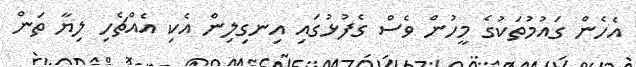
އެހެން ގައުމުތަކުގެ މީހުން ވެސް ގެފުޅުގައި އިނގިލިން އެކި އެއްޗެހި ލިޔާ ތަން